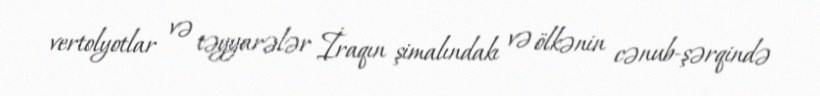
vertolyotlar və təyyarələr İraqın şimalındakı və ölkənin cənub-şərqində